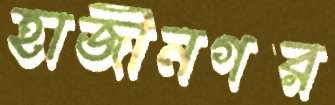
হাজীনগর